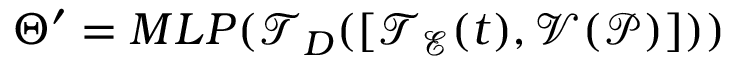
\begin{array} { r } { \Theta ^ { \prime } = M L P ( \mathcal { T } _ { D } ( [ \mathcal { T } _ { \mathcal { E } } ( t ) , \mathcal { V } ( \mathcal { P } ) ] ) ) } \end{array}